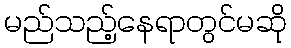
မည်သည့်နေရာတွင်မဆို